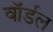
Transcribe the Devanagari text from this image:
वॉर्डल